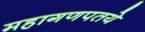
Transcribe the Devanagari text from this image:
महागणपतये